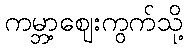
ကမ္ဘာ့ဈေးကွက်သို့